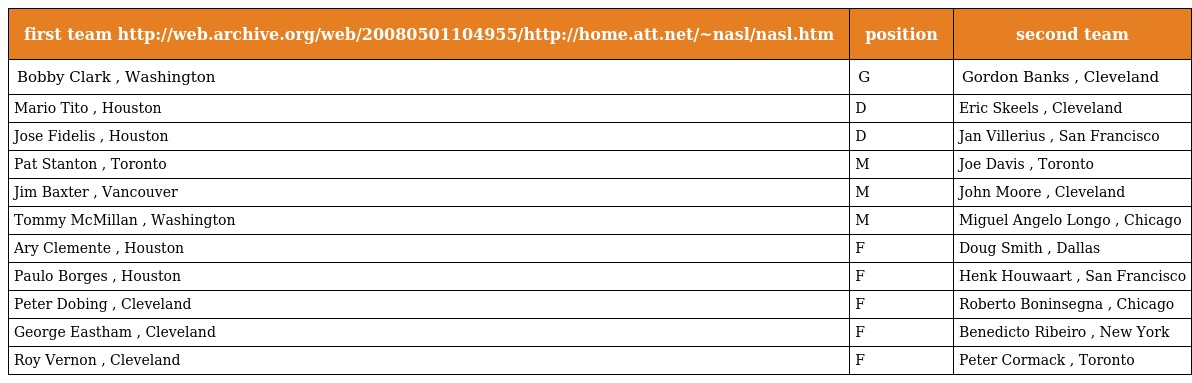
| first team http://web.archive.org/web/20080501104955/http://home.att.net/~nasl/nasl.htm | position | second team |
 | --- | --- | --- |
 | Bobby Clark , Washington | G | Gordon Banks , Cleveland |
 | Mario Tito , Houston | D | Eric Skeels , Cleveland |
 | Jose Fidelis , Houston | D | Jan Villerius , San Francisco |
 | Pat Stanton , Toronto | M | Joe Davis , Toronto |
 | Jim Baxter , Vancouver | M | John Moore , Cleveland |
 | Tommy McMillan , Washington | M | Miguel Angelo Longo , Chicago |
 | Ary Clemente , Houston | F | Doug Smith , Dallas |
 | Paulo Borges , Houston | F | Henk Houwaart , San Francisco |
 | Peter Dobing , Cleveland | F | Roberto Boninsegna , Chicago |
 | George Eastham , Cleveland | F | Benedicto Ribeiro , New York |
 | Roy Vernon , Cleveland | F | Peter Cormack , Toronto |